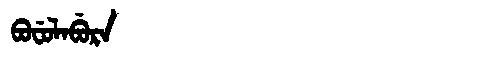
Manchu: ᠪᠣᠸᡠᠯᠠᠪᡠᡵᠠ
Romanization: BOFULABURA